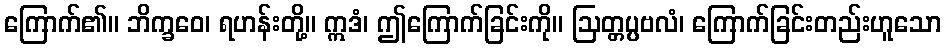
ကြောက်၏။ ဘိက္ခဝေ၊ ရဟန်းတို့။ ဣဒံ၊ ဤကြောက်ခြင်းကို။ ဩတ္တပ္ပဗလံ၊ ကြောက်ခြင်းတည်းဟူသော